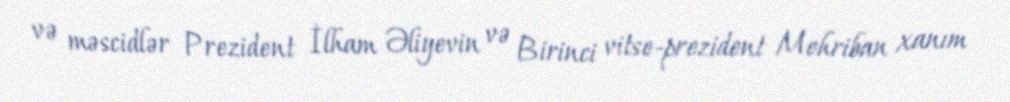
və məscidlər Prezident İlham Əliyevin və Birinci vitse-prezident Mehriban xanım